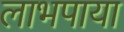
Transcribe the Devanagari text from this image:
लाभपाया